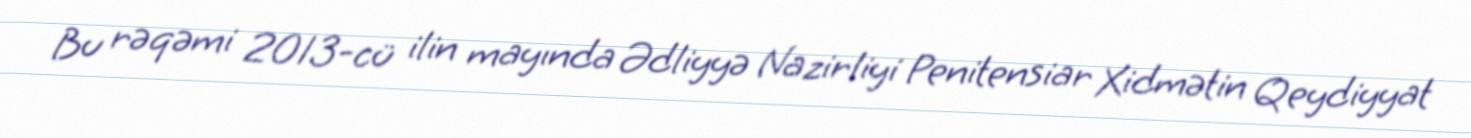
Bu rəqəmi 2013-cü ilin mayında Ədliyyə Nazirliyi Penitensiar Xidmətin Qeydiyyat